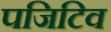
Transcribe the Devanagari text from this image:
पजिटिव